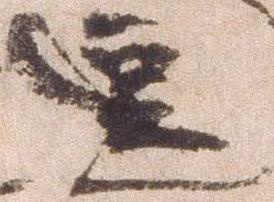
逗